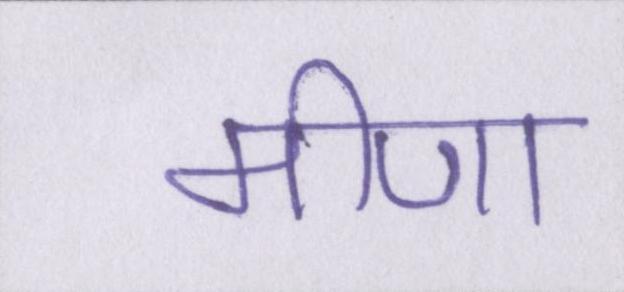
मीणा